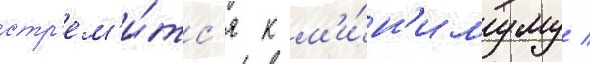
стр'ем'и́тс'я к м'и́н'имуму /